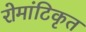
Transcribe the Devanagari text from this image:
रोमांटिकृत